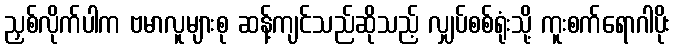
ညှစ်လိုက်ပါက ဗမာလူများစု ဆန့်ကျင်သည်ဆိုသည့် လျှပ်စစ်ရုံးသို့ ကူးစက်ရောဂါပိုး